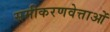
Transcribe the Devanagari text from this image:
समीकरणवेत्ताओं